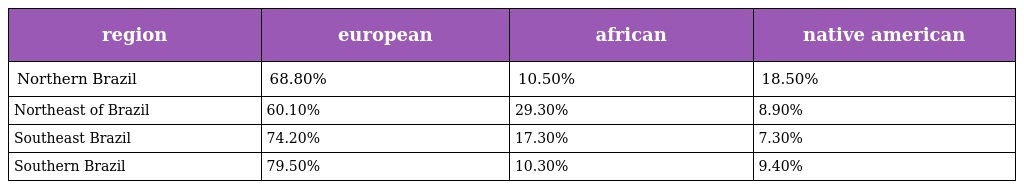
| region | european | african | native american |
 | --- | --- | --- | --- |
 | Northern Brazil | 68.80% | 10.50% | 18.50% |
 | Northeast of Brazil | 60.10% | 29.30% | 8.90% |
 | Southeast Brazil | 74.20% | 17.30% | 7.30% |
 | Southern Brazil | 79.50% | 10.30% | 9.40% |